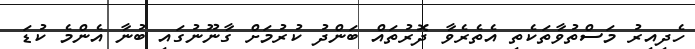
ހެދިއިރު މަސްތުވާތަކެތި އެތެރެވާ ދޮރުތައް ބަންދު ކުރުމަށް ގާނޫނުގައި ބުނާ އެންމެ ކުޑަ